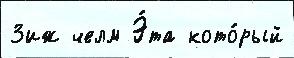
3иж челм Э́та кото́рый